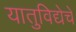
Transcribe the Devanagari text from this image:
यातुविद्येचे